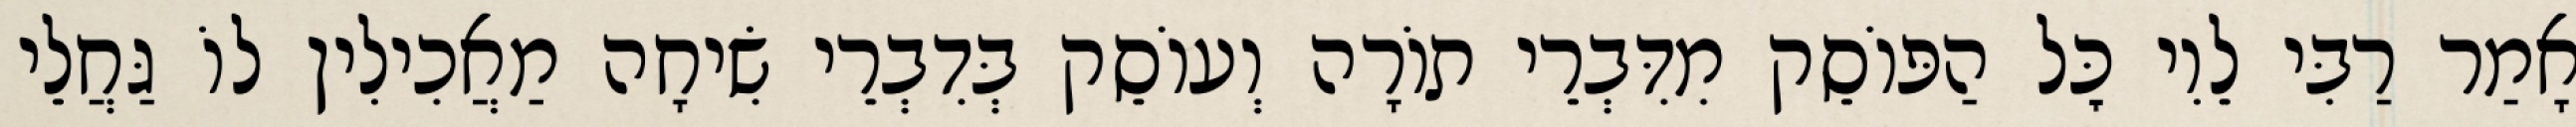
אָמַר רַבִּי לֵוִי כׇּל הַפּוֹסֵק מִדִּבְרֵי תוֹרָה וְעוֹסֵק בְּדִבְרֵי שִׂיחָה מַאֲכִילִין לוֹ גַּחֲלֵי